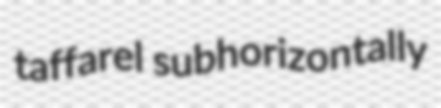
taffarel subhorizontally